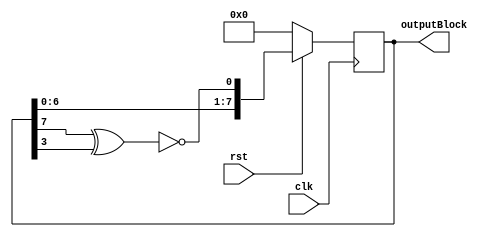
module blockRandomizer (clk, rst, outputBlock);
  output reg [7:0] outputBlock;
  input clk, rst;

  wire feedback;

  assign feedback = ~(outputBlock[7] ^ outputBlock[3]);

  always @ (posedge clk) begin
    if (rst == 0) begin
      outputBlock = 8'b0;
    end
    else begin
      outputBlock = {outputBlock[7:0], feedback};
    end
  end
endmodule